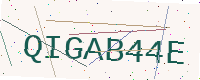
Text: QIGAB44E